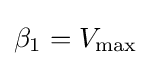
\beta _{1}=V_{\text{max}}